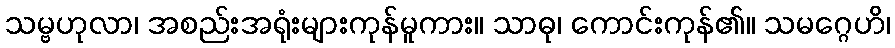
သမ္ဗဟုလာ၊ အစည်းအရုံးများကုန်မူကား။ သာဓု၊ ကောင်းကုန်၏။ သမဂ္ဂေဟိ၊